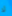
لا